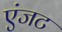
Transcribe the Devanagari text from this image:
एंजट